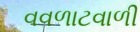
વવળાટવાળી